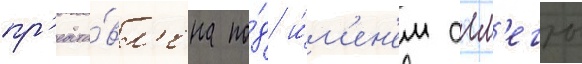
пр'едста́вл'ена по́д и́м'ен'ем алл'егры